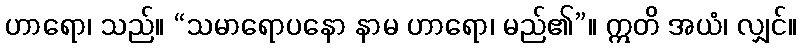
ဟာရော၊ သည်။ “သမာရောပနော နာမ ဟာရော၊ မည်၏”။ ဣတိ အယံ၊ လျှင်။